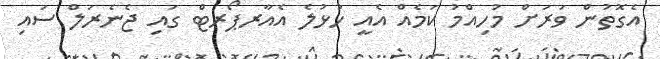
އެގޮތުން ވަރަށް މުހިއްމު ކަމެއް އެއީ ހުޅުލެ އެއާރޕޯރޓް ގައި ޖެނެރަލް ސައި